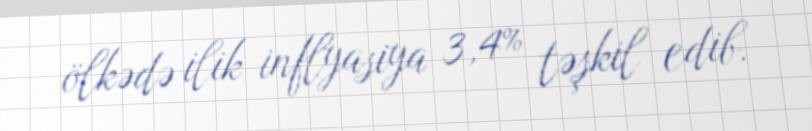
ölkədə ilik inflyasiya 3,4% təşkil edib.